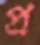
প্র